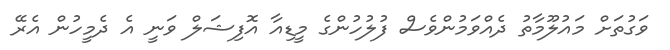
ވަގުތަށް މައުލޫމާތު ދެއްވަމުންވެސް ފުލުހުންގެ މީޑިއާ އޮފިޝަލް ވަނީ އެ ދެމީހުން އެރޭ